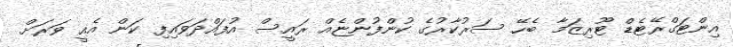
އިންޓަގްރޭޓެޑް ޓޫރިޒަމާ ބެހޭ ސަރުކާރުގެ ކުންފުންޏެއް ރައީސް އުފައްދަވައިފި ކަން އެއީ ވަރަށް